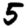
Digit: 5